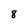
Character: 8